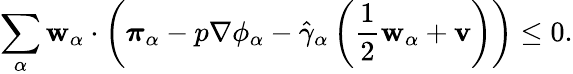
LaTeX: \begin{array}{r}{\displaystyle\sum_{\alpha}\mathbf{w}_{\alpha}\cdot\left(\boldsymbol{\pi}_{\alpha}-p\nabla\phi_{\alpha}-\hat{\gamma}_{\alpha}\left(\frac{1}{2}\mathbf{w}_{\alpha}+\mathbf{v}\right)\right)\leq 0.}\end{array}